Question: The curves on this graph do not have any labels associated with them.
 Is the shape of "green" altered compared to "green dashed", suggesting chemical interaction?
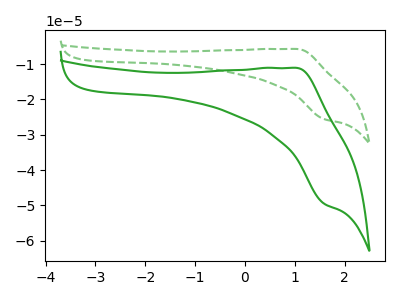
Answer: <think>The green dashed curve "green dashed" has an anodic peak at (1.05V, -5.70uA) and a cathodic peak at (1.60V, -25.60uA). The green curve "green" has an anodic peak at (1.05V, -11.10uA) and a cathodic peak at (1.60V, -49.50uA).
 All the peaks in "green" have a peak in "green dashed" at the same potential.</think>
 <answer>No, "green" and "green dashed" don't appear to be significantly different in shape</answer>
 <eval>no_change</eval>